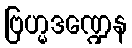
ဗြဟ္မဒဏ္ဍေန